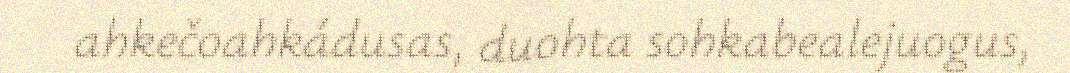
ahkečoahkádusas, duohta sohkabealejuogus,